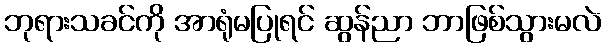
ဘုရားသခင်ကို အာရုံမပြုရင် ဆွန်ညာ ဘာဖြစ်သွားမလဲ